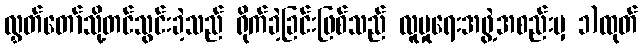
လွှတ်တော်သို့တင်သွင်းခဲ့သည် ရိုက်ခဲ့ခြင်းဖြစ်သည် လူမှုရေးအဖွဲ့အစည်းမှ ၁)ထုတ်